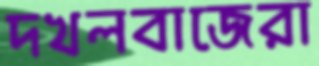
দখলবাজেরা